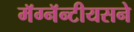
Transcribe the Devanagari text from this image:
मॅग्नॅन्टीयसने